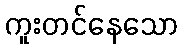
ကူးတင်နေသော